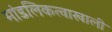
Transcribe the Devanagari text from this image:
मांडलिकत्वाखाली